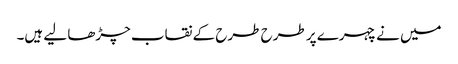
میں نے چہرے پر طرح طرح کے نقاب چڑھا لیے ہیں۔